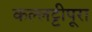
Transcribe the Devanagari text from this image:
कल्लट्टीपूरा